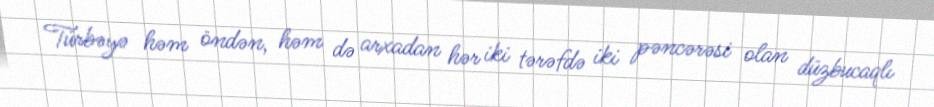
Türbəyə həm öndən, həm də arxadan hər iki tərəfdə iki pəncərəsi olan düzbucaqlı